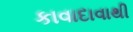
કાવાદાવાથી